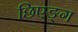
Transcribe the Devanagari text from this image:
छिएङ्ग